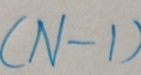
( N - 1 )